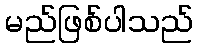
မည်ဖြစ်ပါသည်